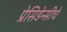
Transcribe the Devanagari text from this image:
प्रेसिडेन्सीचे